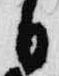
日